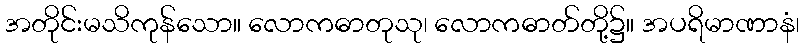
အတိုင်းမသိကုန်သော။ လောကဓာတုသု၊ လောကဓာတ်တို့၌။ အပရိမာဏာနံ၊